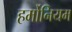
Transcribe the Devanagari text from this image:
हर्मोनियम